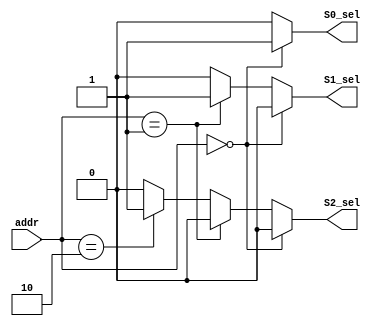
module addr_decoder(addr, S0_sel, S1_sel, S2_sel);	//module of address decoder in bus
	input[3:0] addr;									//upper 4bit of address of bus
	output reg S0_sel, S1_sel, S2_sel;						//output port - S0_sel, S1_sel, slave select signal
	
	always@(addr)		
	if(addr==4'h0)					//when addr is 0
		{S0_sel, S1_sel, S2_sel}=3'b100;						//slave 0 is selected.
	else if(addr==4'h1)			//when addr is 1
		{S0_sel, S1_sel, S2_sel}=3'b010;						//slave 1 is selected
	else if(addr==4'h2)			//when addr is 2											
		{S0_sel, S1_sel, S2_sel}=3'b001;						//slave 2 is selected
	else																//default. any slave is not selected.
		{S0_sel, S1_sel, S2_sel}=3'b000;
		
endmodule												//endmodule